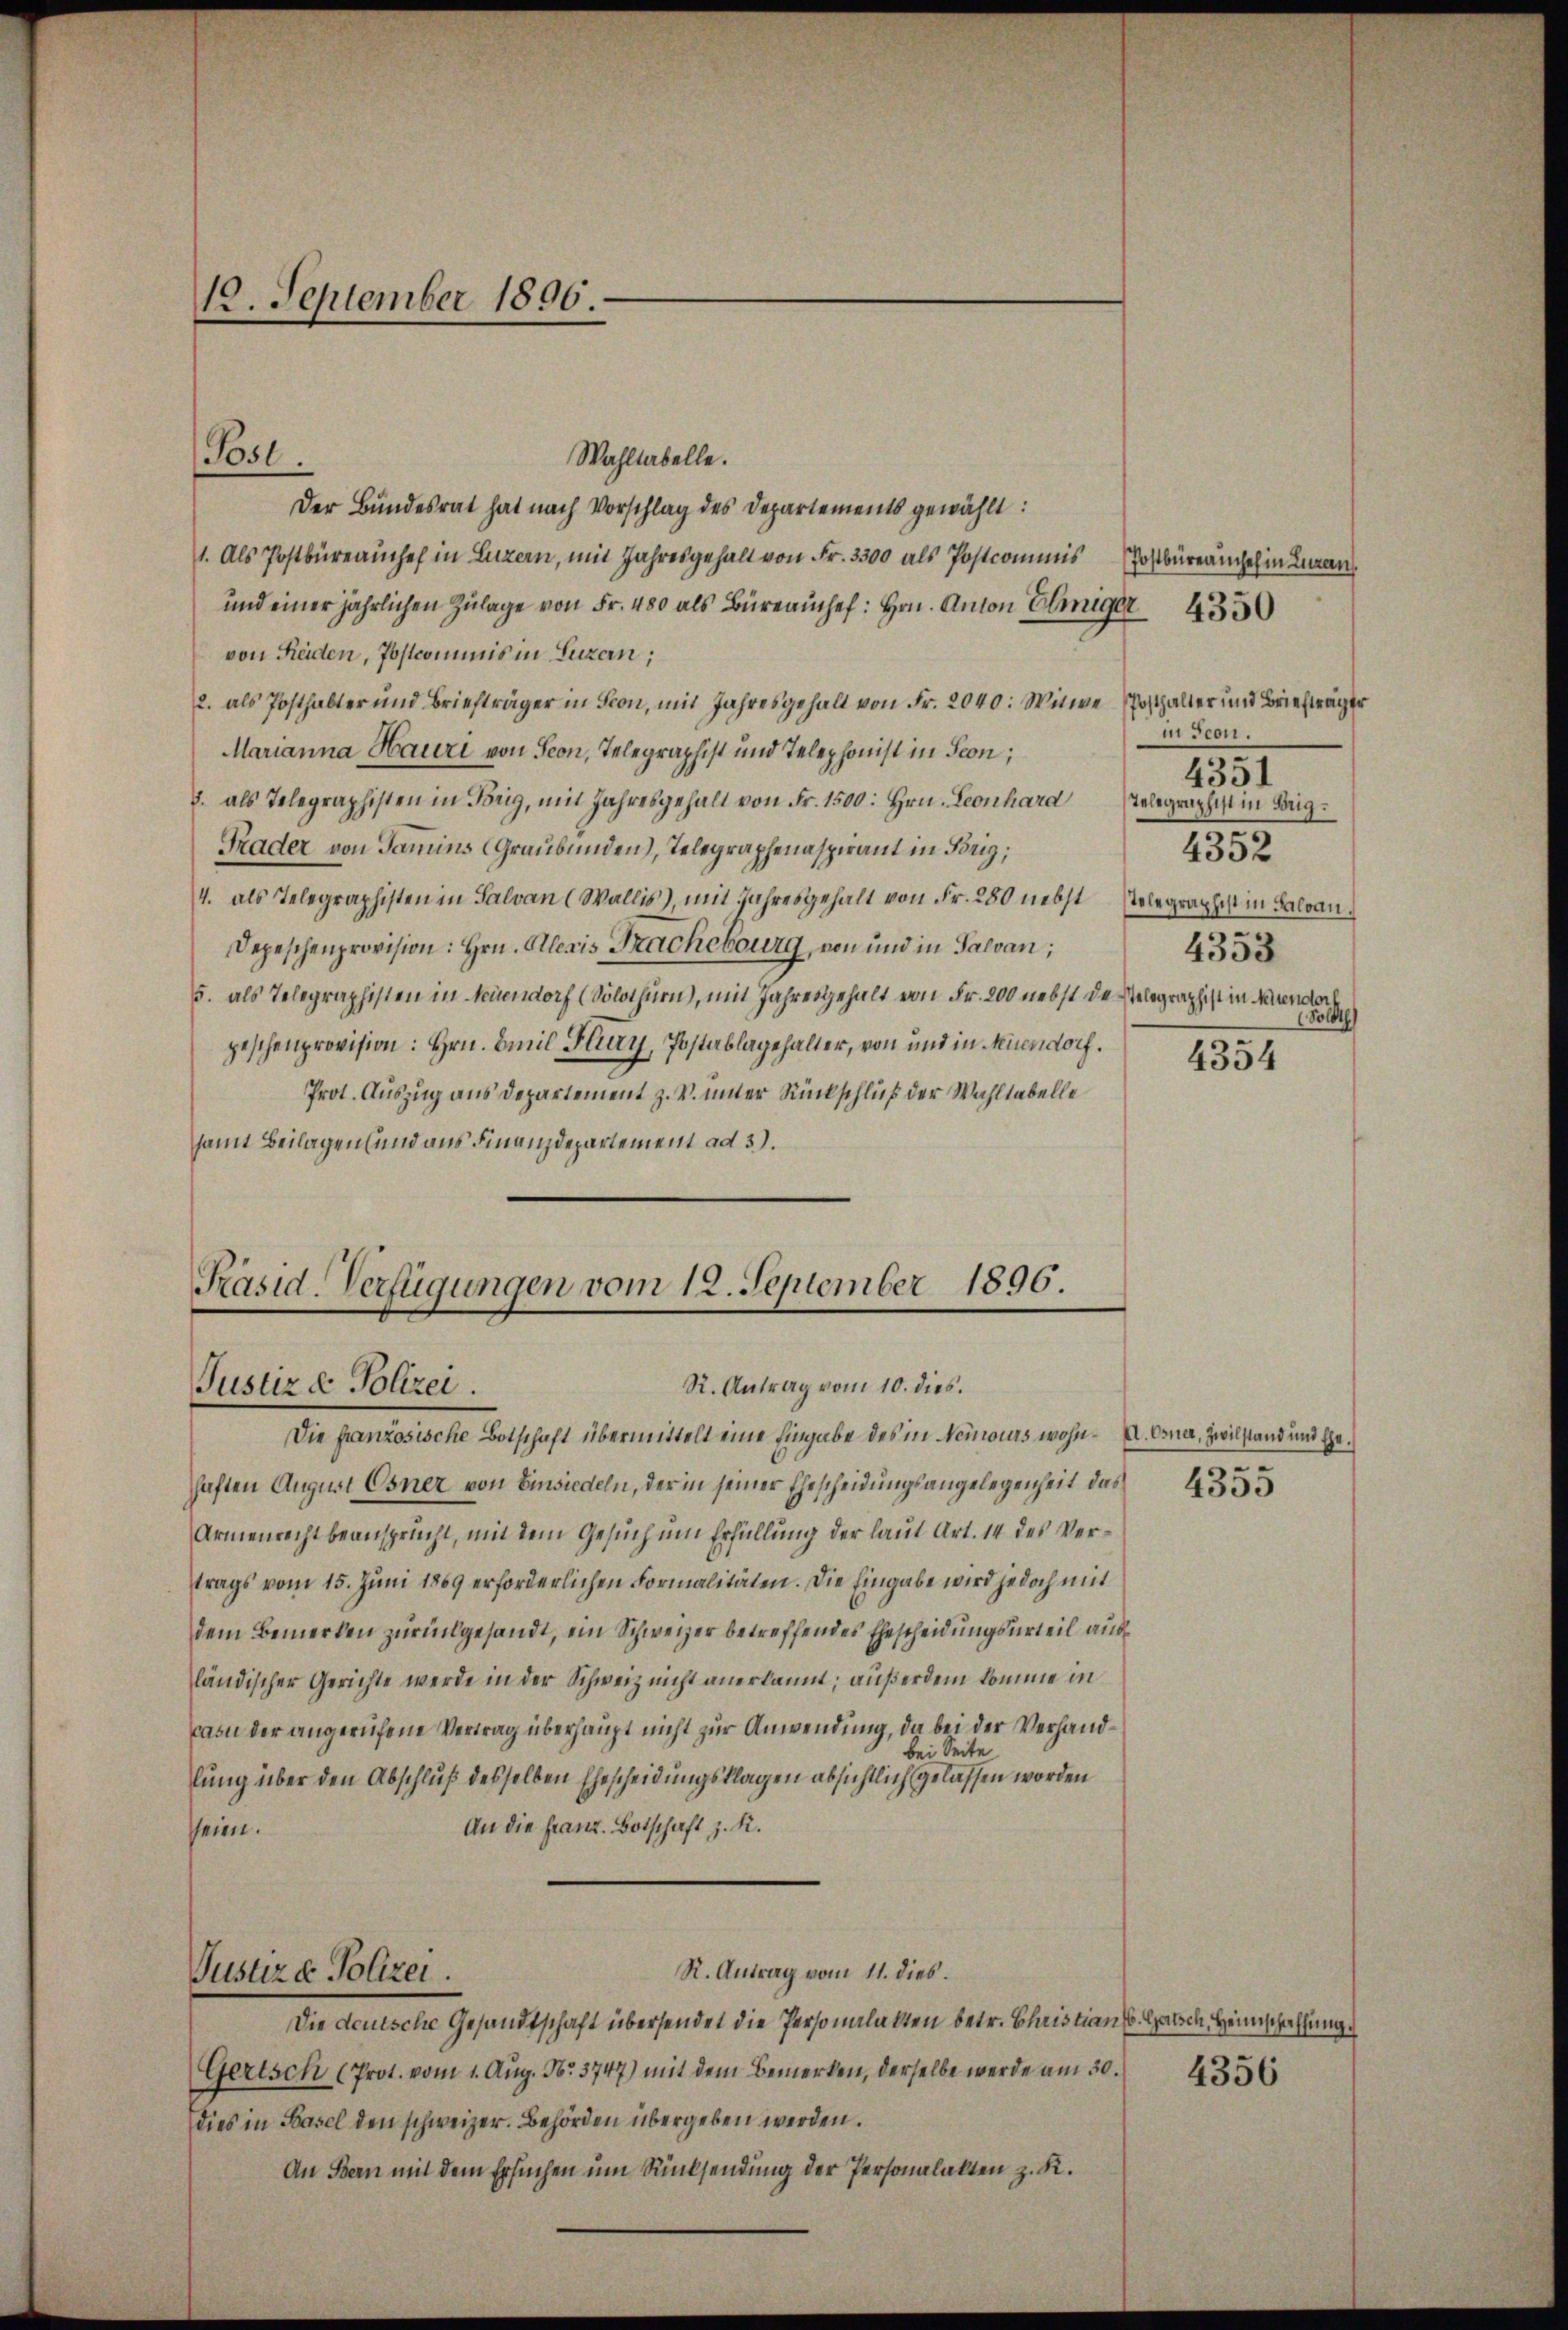
12. September 1896.

Wahltabelle.
Der Bundesrat hat nach Vorschlag des Departements gewählt:
1. Als Postbüreaŭchef in Luzern, mit Jahresgehalt von Fr. 3300 als Postcommis Postbüreauchel in Lan
und einer jährlichen Zŭlage von Fr. 480 als Büreaŭche: Hrn. Anton Einiger 435
von Seiden, Postcommis in Luzern;
2. als Posthalter und Briefträger in Fron, mit Jahresgehalt von Fr. 2040: Witwe Posthalter und Briefträger
Marianna Hauri von Seon, Telegraphist und Telephonist in Seon,
8. als Telegraphisten in Brig, mit Jahresgehalt von Fr. 1500. Hrn. Leonhard Telegraphist in Brig.
Trader von Sammins (Graubünden), Telegraphenaspirant in Brig;
4. als Telegraphisten in Salvan (Wallis), mit Jahresgehalt von Fr. 280 nebst stolegraphist in Salvan
Depeschenprovision: Hrn. Alleris Brachebourg, von und in Salvan;
5. als Telegraphisten in Neuendorf (Solothurn), mit Jahresgehalt von Fr. 200 nebst des Telegraphist in Neuendorf
geschenprovision: Hrn. Emil Flury, Postablagehalter, von und in Meiendorf.
Prot. Auszug aus Departement z. V. unter Rückschluß der Wahltabelle
samt Beilagen (und aus Finanzdepartement ad 3).

Post.

Präsid-Verfügungen vom 12. September 1896.
R. Antrag vom 10. dies.
Justiz & Polizei.

Die französische Botschaft übermittelt eine Eingabe des in Nemoirs wohn- u. Orne, Zwilstand und Ehehaften August Osner von Einsiedeln, der in seiner Ehescheidungsangelegenheit das
Armenrecht beansprucht, mit dem Gesuch um Erfüllung der laut Art. 14 des Vertrags vom 15. Juni 1869 erforderlichen Formalitäten. Die Eingabe wird jedoch mit
dem Bemerken zurückgesandt, ein Schweizer betreffendes Ehescheidungsurteil ausländischer Gerichte werde in der Schweiz nicht anerkannt; außerdem komme in
pasu der angerufene Vertrag überhaupt nicht zur Anwendung, da bei der Verhandbei Seite
lung über den Abschluß desselben Ehescheidungsklagen absichtlich gelassen worden
An die Franz. Botschaft z. R.
seien.
R. Antrag vom 11. dies.
Justiz & Polizei.
Die deutsche Gesandtschaft übersendet die Personalakten betr. Christian (s. Habsch, Heimschaffung
Gertsch (Prot. vom 1. Aŭg. No. 3747) mit dem Bemerken, derselbe werde am 30. 456
dies in Basel den schweizer. Behörden übergeben werden.
An Bern mit dem Ersuchen um Rücksendung der Personalakten z. K.

m Teon.
4352
4353
(Soloth

4351

4354

4355